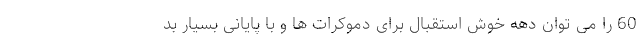
60 را می توان دهه خوش استقبال برای دموکرات ها و با پایانی بسیار بد